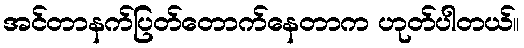
အင်တာနက်ပြတ်တောက်နေတာက ဟုတ်ပါတယ်။